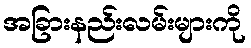
အခြားနည်းလမ်းများကို